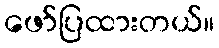
ဖော်ပြထားတယ်။